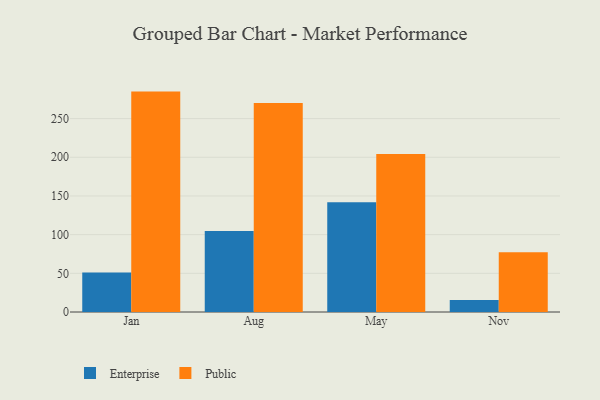
{"axis": {"x": "Month", "y": "Energy Usage (MWh)"}, "legend": ["Enterprise", "Public"], "data": [{"x": "Jan", "y": 50.9, "type": "Enterprise"}, {"x": "Jan", "y": 284.9, "type": "Public"}, {"x": "Aug", "y": 104.7, "type": "Enterprise"}, {"x": "Aug", "y": 270.1, "type": "Public"}, {"x": "May", "y": 142.0, "type": "Enterprise"}, {"x": "May", "y": 204.1, "type": "Public"}, {"x": "Nov", "y": 15.6, "type": "Enterprise"}, {"x": "Nov", "y": 77.3, "type": "Public"}]}